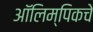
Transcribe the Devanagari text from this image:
आॅलिम्पिकचे